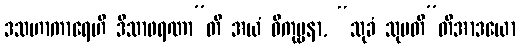
ဒသဟာကာရေဟိ ဒိသာဖရဏာ”တိ အယံ ဝိကုဗ္ဗနာ, “သုခံ သုပတီ”တိအာဒယော